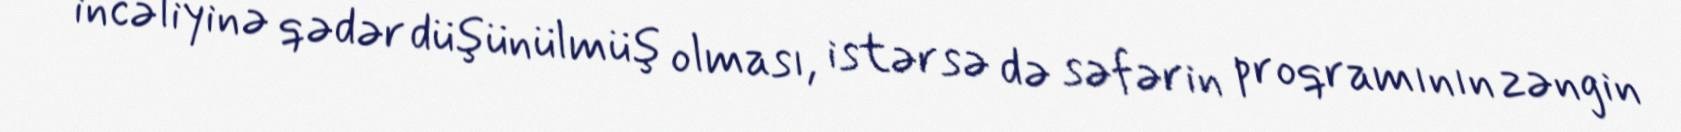
incəliyinə qədər düşünülmüş olması, istərsə də səfərin proqramının zəngin